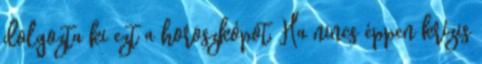
dolgozta ki ezt a horoszkópot, Ha nincs éppen krízis